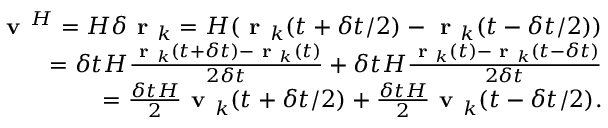
\begin{array} { r } { \textbf { v } ^ { H } = H \delta \textbf { r } _ { k } = H ( \textbf { r } _ { k } ( t + \delta t / 2 ) - \textbf { r } _ { k } ( t - \delta t / 2 ) ) } \\ { = \delta t H \frac { \textbf { r } _ { k } ( t + \delta t ) - \textbf { r } _ { k } ( t ) } { 2 \delta t } + \delta t H \frac { \textbf { r } _ { k } ( t ) - \textbf { r } _ { k } ( t - \delta t ) } { 2 \delta t } } \\ { = \frac { \delta t H } { 2 } \textbf { v } _ { k } ( t + \delta t / 2 ) + \frac { \delta t H } { 2 } \textbf { v } _ { k } ( t - \delta t / 2 ) . } \end{array}